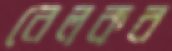
রেলকর